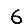
Digit: 6